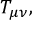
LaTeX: T _ { \mu \nu } ,